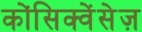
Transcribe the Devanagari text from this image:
कोंसिक्वेंसेज़